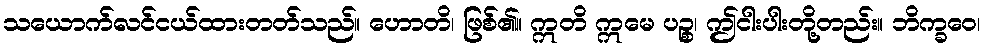
သယောက်လင်ငယ်ထားတတ်သည်။ ဟောတိ၊ ဖြစ်၏။ ဣတိ ဣမေ ပဉ္စ၊ ဤငါးပါးတို့တည်း။ ဘိက္ခဝေ၊